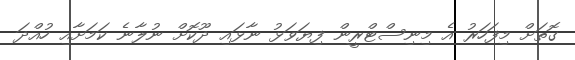
ގޮތަށް މިފަހަރު އެ މިނިސްޓްރީން ފިޔަވަޅު ނާޅައި ދޫކޮށް ނުލާނެ ކަމަށާއި ހުއްދަ